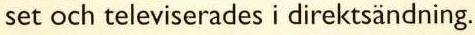
set och televiserades i direktsändning.